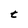
Character: t